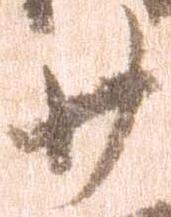
廿